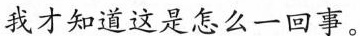
我才知道这是怎么一回事。